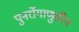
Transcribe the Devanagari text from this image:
पुनर्रोगाणुहीन